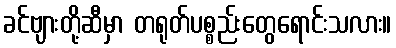
ခင်ဗျားတို့ဆီမှာ တရုတ်ပစ္စည်းတွေရောင်းသလား။